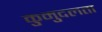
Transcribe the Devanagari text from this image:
कुमुदलता